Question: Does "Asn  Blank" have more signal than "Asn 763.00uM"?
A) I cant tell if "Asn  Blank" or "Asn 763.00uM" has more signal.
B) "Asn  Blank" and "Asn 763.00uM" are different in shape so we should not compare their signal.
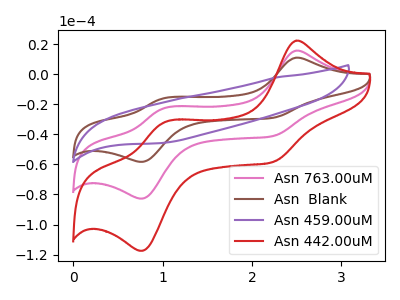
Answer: <think>The pink curve "Asn 763.00uM" has anodic peaks at (2.50V, 15.80uA) (1.00V, -22.55uA) and cathodic peaks at (2.25V, -41.15uA) (0.80V, -82.70uA). The brown curve "Asn  Blank" has anodic peaks at (2.50V, 11.10uA) (1.00V, -15.90uA) and cathodic peaks at (2.25V, -28.95uA) (0.80V, -58.25uA). The purple curve "Asn 459.00uM" has no peaks. The red curve "Asn 442.00uM" has anodic peaks at (2.50V, 31.60uA) (1.00V, -45.15uA) and cathodic peaks at (2.25V, -82.30uA) (0.80V, -165.45uA).
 All the peaks in "Asn  Blank" have a peak in "Asn 763.00uM" at the same potential.</think>
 <answer>A) I cant tell if "Asn  Blank" or "Asn 763.00uM" has more signal.</answer>
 <eval>A</eval>